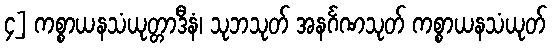
၄] ကစ္စာယနသံယုတ္တာဒီနံ၊ သုဘသုတ် အနင်္ဂဏသုတ် ကစ္စာယနသံယုတ်